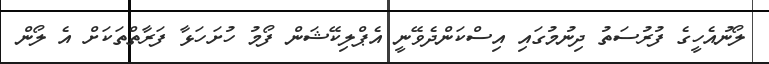
ލޯނުއެހީގެ ފުރުސަތު ދިނުމުގައި އިސްކަންދެވޭނީ އެޕްލިކޭޝަން ފޯމު ހުށަހަޅާ ފަރާތްތަކަށް އެ ލޯން